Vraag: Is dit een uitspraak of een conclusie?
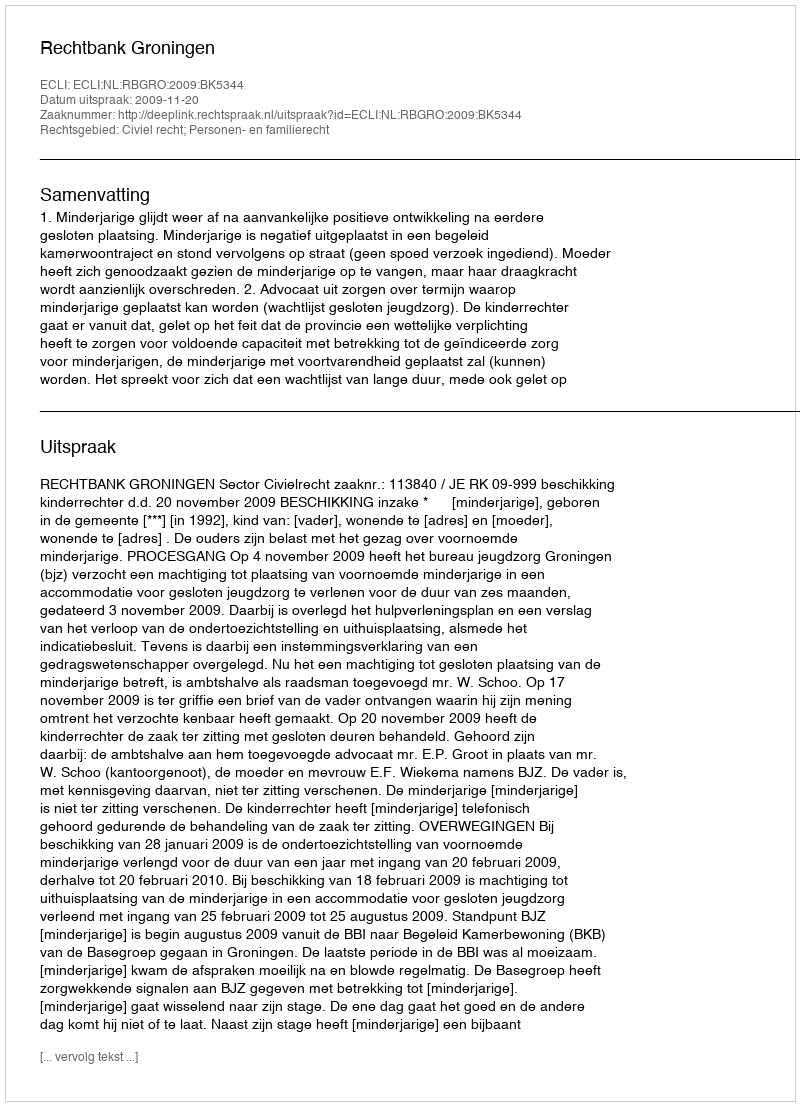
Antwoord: Uitspraak